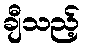
ချီသည့်